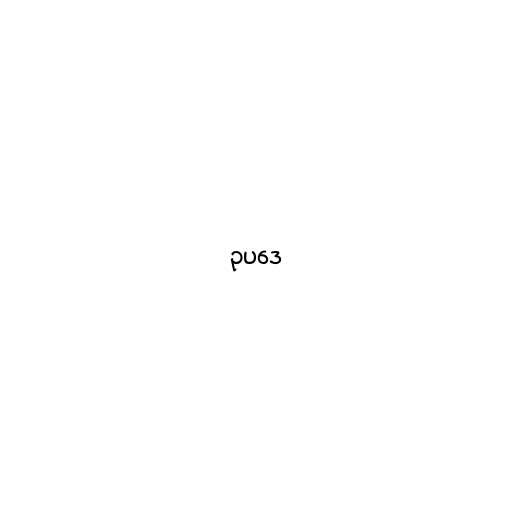
ဥပဒေ